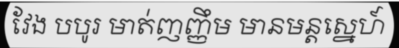
វែង បបូរ មាត់ញញ្ញឹម មានមន្តស្នេហ៍